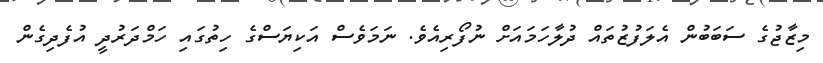
މިޒާޖުގެ ސަބަބުން އެލަފުޒުތައް ދުލާހަމައަށް ނުފޯރިއެވެ. ނަމަވެސް އަކިޔަސްގެ ހިތުގައި ހަމްދަރުދީ އުފެދިގެން